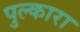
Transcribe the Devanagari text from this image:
पुल्कारा